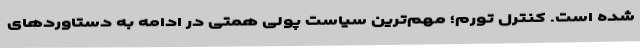
شده است. کنترل تورم؛ مهم‌ترین سیاست پولی همتی در ادامه به دستاوردهای